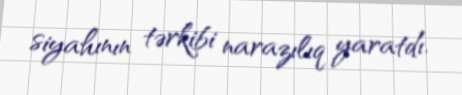
siyahının tərkibi narazılıq yaratdı.